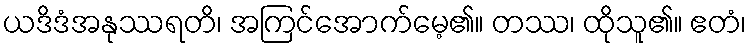
ယဒိဒံအနုဿရတိ၊ အကြင်အောက်မေ့၏။ တဿ၊ ထိုသူ၏။ ဧတံ၊